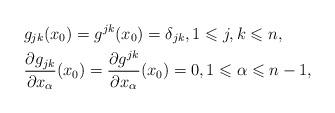
LaTeX: \begin{align*} & g_{jk}(x_0) = g^{jk}(x_0) = \delta_{jk},1 \leqslant j,k \leqslant n, \\ & \frac{\partial g_{jk}}{\partial x_\alpha}(x_0) = \frac{\partial g^{jk}}{\partial x_\alpha}(x_0) = 0, 1 \leqslant \alpha \leqslant n-1,\end{align*}